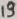
Text: 19